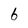
Character: 6